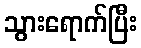
သွားရောက်ပြီး